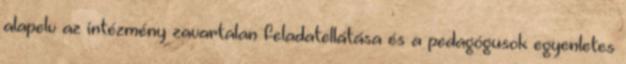
alapelv az intézmény zavartalan feladatellátása és a pedagógusok egyenletes